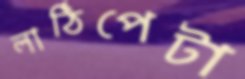
লাঠিপেটা